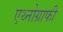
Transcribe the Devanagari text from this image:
एथ्नोग्राफी